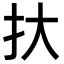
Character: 𢪂